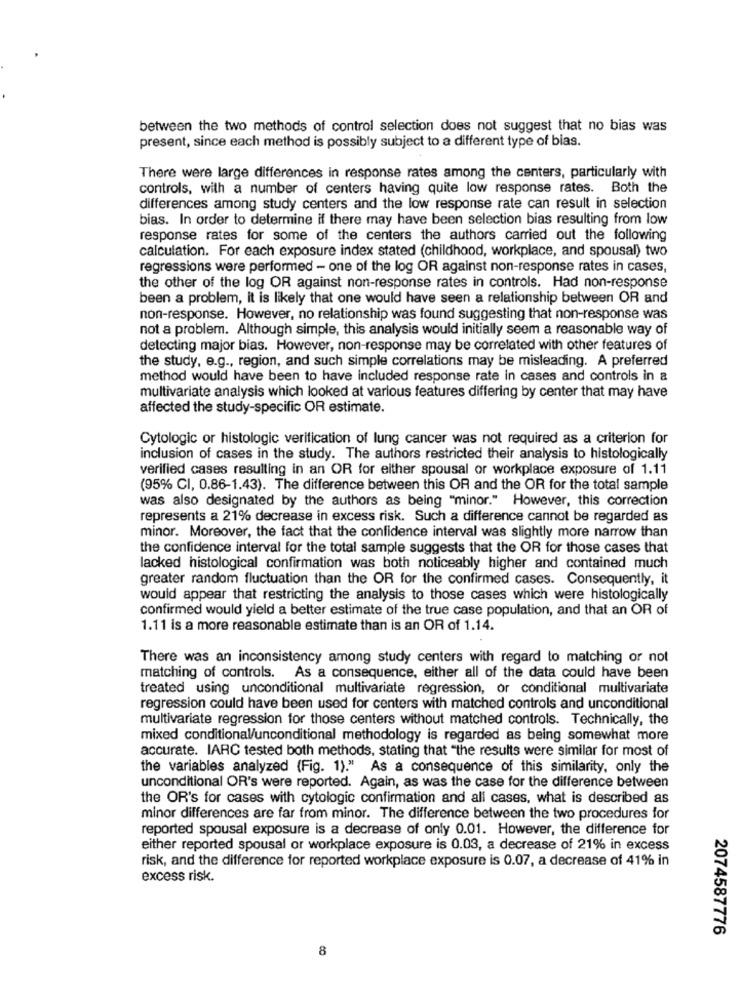
between the two methods of control selection does not suggest that no bias was
present, since each method is possibly subject to a different type of bias.
There were large differences in response rates among the centers, particularly with
controls, with a number of centers having quite low response rates. Both the
differences among study centers and the low response rate can result in selection
bias. In order to determine if there may have been selection bias resulting from low
response rates for some of the centers the authors carried out the following
calculation. For each exposure index stated (childhood, workplace, and spousal) two
regressions were performed - one of the log OR against non-response rates in cases,
the other of the log OR against non-response rates in controls. Had non-response
been a problem, it is likely that one would have seen a relationship between OR and
non-response. However, no relationship was found suggesting that non-response was
not a problem. Although simple, this analysis would initially seem a reasonable way of
detecting major bias. However, non-response may be correlated with other features of
the study, e.g ., region, and such simple correlations may be misleading. A preferred
method would have been to have included response rate in cases and controls in a
multivariate analysis which looked at various features differing by center that may have
affected the study-specific OR estimate.
Cytologic or histologic verification of lung cancer was not required as a criterion for
inclusion of cases in the study. The authors restricted their analysis to histologically
verified cases resulting in an OR for either spousal or workplace exposure of 1.11
(95% CI, 0.86-1.43). The difference between this OR and the OR for the total sample
was also designated by the authors as being "minor." However, this correction
represents a 21% decrease in excess risk. Such a difference cannot be regarded as
minor. Moreover, the fact that the confidence interval was slightly more narrow than
the confidence interval for the total sample suggests that the OR for those cases that
lacked histological confirmation was both noticeably higher and contained much
greater random fluctuation than the OR for the confirmed cases. Consequently, it
would appear that restricting the analysis to those cases which were histologically
confirmed would yield a better estimate of the true case population, and that an OR of
1.11 is a more reasonable estimate than is an OR of 1.14.
There was an inconsistency among study centers with regard to matching or not
matching of controls. As a consequence, either all of the data could have been
treated using unconditional multivariate regression, or conditional multivariate
regression could have been used for centers with matched controls and unconditional
multivariate regression for those centers without matched controls. Technically, the
mixed conditional/unconditional methodology is regarded as being somewhat more
accurate. IARC tested both methods, stating that "the results were similar for most of
the variables analyzed (Fig. 1)." As a consequence of this similarity, only the
unconditional OR's were reported. Again, as was the case for the difference between
the OR's for cases with cytologic confirmation and all cases, what is described as
minor differences are far from minor. The difference between the two procedures for
reported spousal exposure is a decrease of only 0.01. However, the difference for
either reported spousal or workplace exposure is 0.03, a decrease of 21% in excess
risk, and the difference for reported workplace exposure is 0.07, a decrease of 41% in
excess risk.
2074587776
8